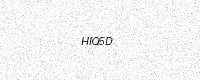
Text: HIQ5D